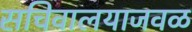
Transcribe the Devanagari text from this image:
सचिवालयाजवळ